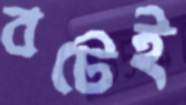
বটেই